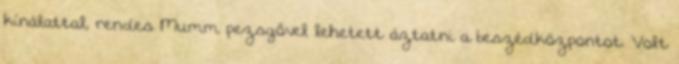
kínálattal, rendes Mumm pezsgővel lehetett áztatni a beszédközpontot. Volt